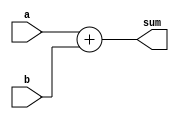
module adder1 (
    input [15:0] a, // Input A (16 bits)
    input [15:0] b, // Input B (16 bits)
    output reg [15:0] sum // Output sum (16 bits)
);

always @* begin
    sum = a + b; // Addition operation
end

endmodule

module adder2 (
    input [15:0] a, // Input A (16 bits)
    input [15:0] b, // Input B (16 bits)
    input [15:0] c,
    output reg [15:0] sum // Output sum (16 bits)
);

always @* begin
    sum = a + b + c; // Addition operation
end

endmodule

module adder3 (
    input [15:0] a, // Input A (16 bits)
    input [15:0] b, // Input B (16 bits)
    input [15:0] c,
    input [15:0] d,
    output  [15:0] sum // Output sum (16 bits)
);


 assign    sum = a + b + c + d; // Addition operation
endmodule

module adder4 (
    input [15:0] a, // Input A (16 bits)
    input [15:0] b, // Input B (16 bits)
    input [15:0] c,
    input [15:0] d,
    input [15:0] e,
    output [15:0] sum // Output sum (16 bits)
);


   assign  sum = a + b + c + d + e; // Addition operation


endmodule

module adder5 (
    input [15:0] a, // Input A (16 bits)
    input [15:0] b, // Input B (16 bits)
    input [15:0] c,
    input [15:0] d,
    input [15:0] e,
     input [15:0] f,
    output  [15:0] sum // Output sum (16 bits)
);


  assign   sum = a + b + c + d + e + f; // Addition operation


endmodule

module adder6 (
    input [15:0] a, // Input A (16 bits)
    input [15:0] b, // Input B (16 bits)
    input [15:0] c,
    input [15:0] d,
    input [15:0] e,
    input [15:0] f,
    input [15:0] g,
    output [15:0] sum // Output sum (16 bits)
);

 assign    sum = a + b + c + d + e + f + g; // Addition operation


endmodule

module adder7 (
    input [15:0] a, // Input A (16 bits)
    input [15:0] b, // Input B (16 bits)
    input [15:0] c,
    input [15:0] d,
    input [15:0] e,
    input [15:0] f,
    input [15:0] g,
    input [15:0] h,
    output  [15:0] sum // Output sum (16 bits)
);


  assign   sum = a + b + c + d + e + f + g + h; // Addition operation

endmodule